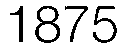
1875